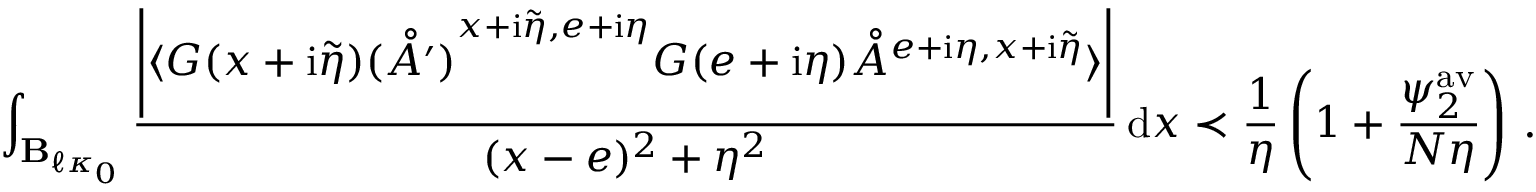
\int _ { \mathbf { B } _ { \ell \kappa _ { 0 } } } \frac { \left\vert \langle G ( x + \mathrm { i } \tilde { \eta } ) \mathring { ( A ^ { \prime } ) } ^ { { x + \mathrm { i } \tilde { \eta } , e + \mathrm { i } \eta } } G ( e + \mathrm { i } \eta ) \mathring { A } ^ { { e + \mathrm { i } \eta , x + \mathrm { i } \tilde { \eta } } } \rangle \right\vert } { ( x - e ) ^ { 2 } + \eta ^ { 2 } } \, \mathrm { d } x \prec \frac { 1 } { \eta } \left( 1 + \frac { \psi _ { 2 } ^ { \mathrm { a v } } } { N \eta } \right) \, .